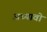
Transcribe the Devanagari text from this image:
अध्यावो